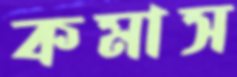
কমাস